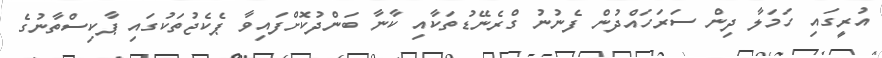
އުރީގައި ހަމަލާ ދިން ސަރަހައްދުން ފެނުނު ގްރެނޭޑުތަކާއި ކާނާ ބަންދުކޮށްފައިވާ ޕެކެޖުތަކުގައި ޕާކިސްތާނުގެ